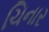
ચિનાર